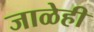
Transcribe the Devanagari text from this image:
जाळेही